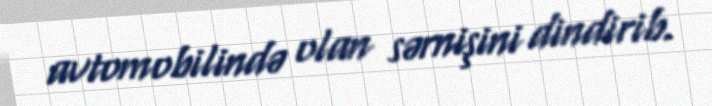
avtomobilində olan sərnişini dindirib.